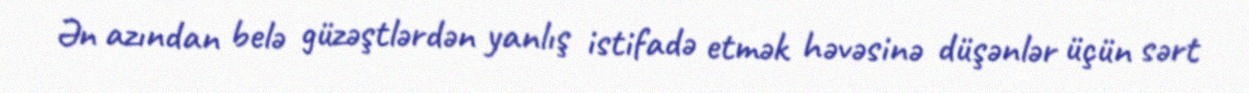
Ən azından belə güzəştlərdən yanlış istifadə etmək həvəsinə düşənlər üçün sərt